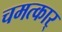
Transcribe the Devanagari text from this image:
चमत्कार्